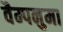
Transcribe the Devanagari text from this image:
वैम्पनुमा